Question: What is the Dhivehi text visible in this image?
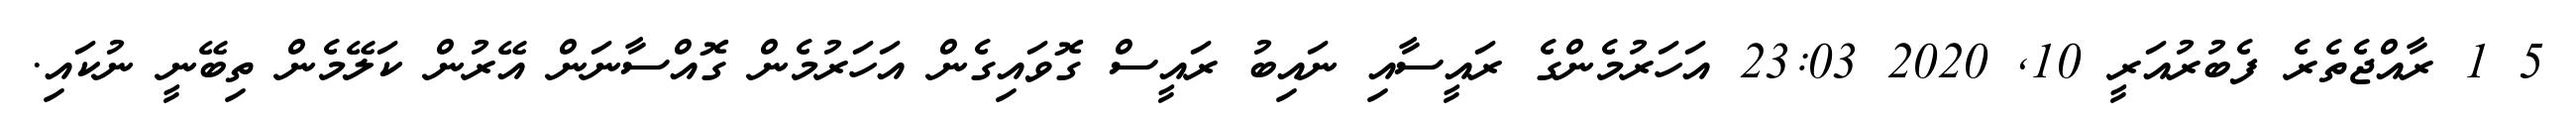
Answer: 5 1 ރާއްޖެތެރެ ފެބުރުއަރީ 10, 2020 23:03 އަހަރުމެންގެ ރައީސާއި ނައިބު ރައީސް ގޮވައިގެން އަހަރުމެން ގޮއްސާނަން އޭރުން ކަލޭމެން ތިބޭނީ ނުކައި.